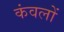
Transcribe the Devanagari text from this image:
कंवलों